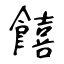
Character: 饎